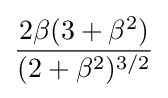
{\frac {2\beta (3+\beta ^{2})}{(2+\beta ^{2})^{3/2}}}